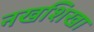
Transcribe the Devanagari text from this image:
नखशिखा